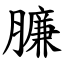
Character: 臁